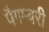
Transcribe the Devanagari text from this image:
पैगम्बरी